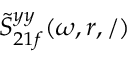
\tilde { S } _ { 2 1 f } ^ { y y } ( \omega , r , / )